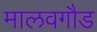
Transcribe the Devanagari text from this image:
मालवगौड